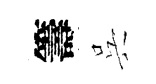
籌呉